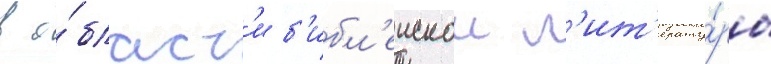
в о́бласт'и б'ибл'еискои л'ит'ерату́ры